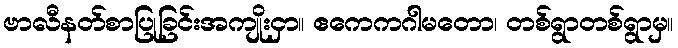
ဗာလီနတ်စာပြုခြင်းအကျိုးငှာ။ ဧကေကဂါမတော၊ တစ်ရွာတစ်ရွာမှ။